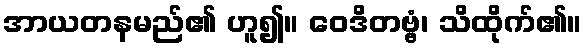
အာယတနမည်၏ ဟူ၍။ ဝေဒိတဗ္ဗံ၊ သိထိုက်၏။